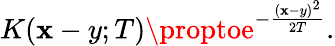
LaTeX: K(\mathbf{x}-y;T)\proptoe^{-{\frac{{(\mathbf{x}-y)^{2}}}{{2T}}}}.